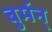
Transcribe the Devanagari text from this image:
बुर्मन्